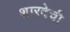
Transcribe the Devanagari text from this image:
शारदेची